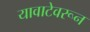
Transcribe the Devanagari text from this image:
यावाटेवरून